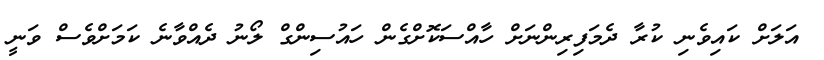
އަލަށް ކައިވެނި ކުރާ ދެމަފިރިންނަށް ހާއްސަކޮށްގެން ހައުސިންގް ލޯނު ދެއްވާނެ ކަމަށްވެސް ވަނީ